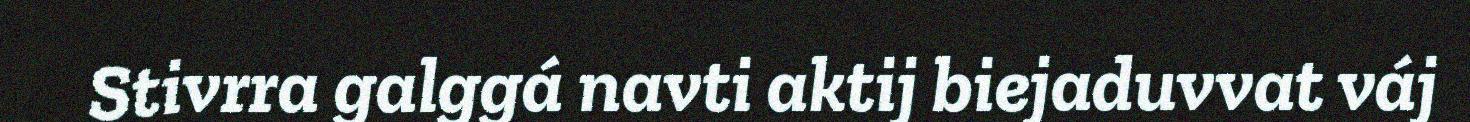
Stivrra galggá navti aktij biejaduvvat váj